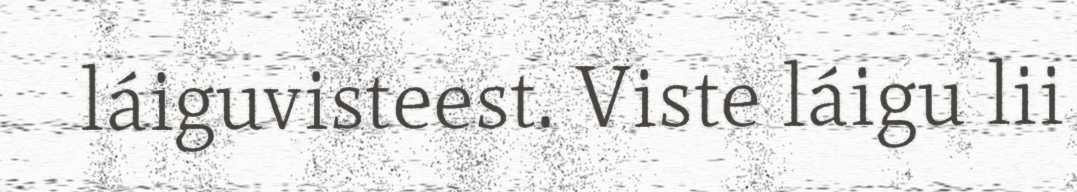
láiguvisteest. Viste láigu lii